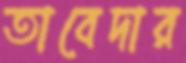
তাবেদার